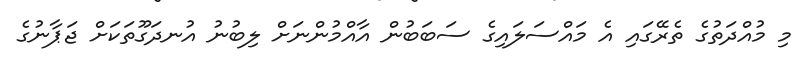
މި މުއްދަތުގެ ތެރޭގައި އެ މައްސަލައިގެ ސަބަބުން އާއްމުންނަށް ލިބުނު އުނދަގޫތަކަށް ޖަޕާނުގެ